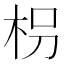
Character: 枴